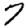
Digit: 7